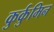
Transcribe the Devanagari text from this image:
कुर्कुमिन